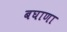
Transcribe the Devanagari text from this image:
बघाणा